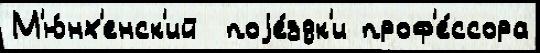
М'ю́нх'енск'ий  поjе́здк'и проф'е́ссора